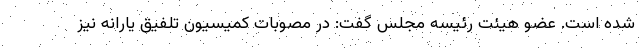
شده است. عضو هیئت رئیسه مجلس گفت: در مصوبات کمیسیون تلفیق یارانه نیز